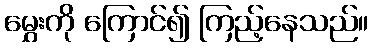
မွှေးကို ကြောင်၍ ကြည့်နေသည်။